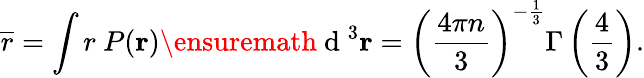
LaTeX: \overline{{r}}=\int r\ P({\mathbf r})\ensuremath{\mathrm{~d~}}^{3}{\mathbf r}=\left(\frac{4\pi n}{3}\right)^{-\frac{1}{3}}\Gamma\left(\frac{4}{3}\right).